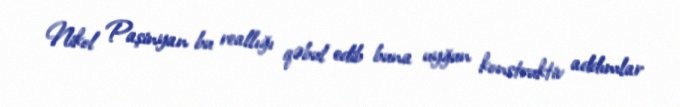
Nikol Paşinyan bu reallığı qəbul edib buna uyğun konstruktiv addımlar